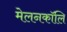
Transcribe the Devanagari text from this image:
मेलनकॉलि